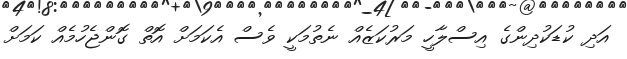
އަދި ކުޑަކުދިންގެ އިސްލާހީ މަރުކަޒެއް ނެތުމަކީ ވެސް އެކަމަށް އޮތް ގޮންޖެހުމެއް ކަމަށް